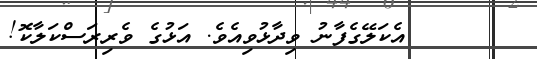
٣٩      އެކަލޭގެފާނު ވިދާޅުވިއެވެ. އަޅުގެ ވެރިރަސްކަލާކޮ!